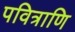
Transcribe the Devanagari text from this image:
पवित्राणि